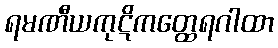
ရမဏီယကုဋိကတ္ထေရဂါထာ